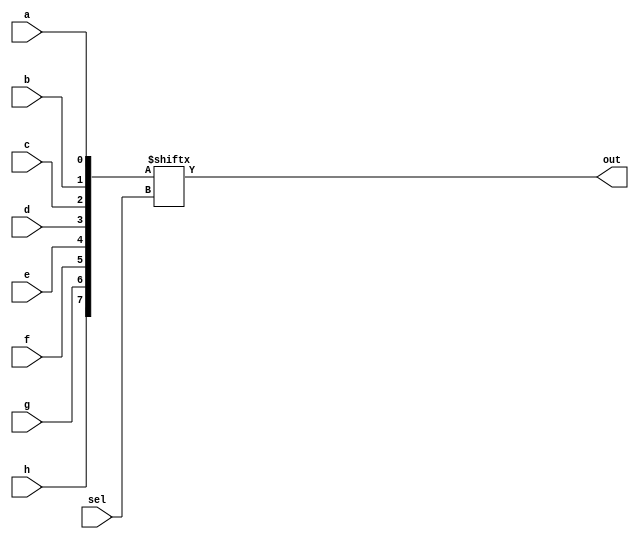
`timescale 1ns / 1ps

module mux_8x1(
    output out,
    input [2:0] sel,
    input a,
    input b,
    input c,
    input d,
    input e,
    input f,
    input g,
    input h
    );
    
    wire [7:0] temp;
    
    assign temp = {h,g,f,e,d,c,b,a};
    assign out = temp[sel];
    
endmodule